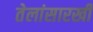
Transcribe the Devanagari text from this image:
तेलांसारखी